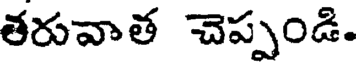
తరువాత చెప్పండి.